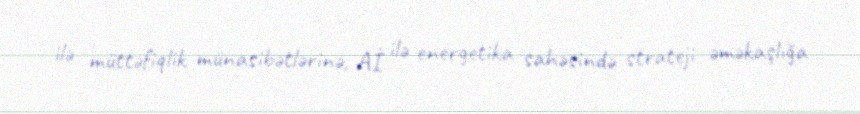
ilə müttəfiqlik münasibətlərinə, Aİ ilə energetika sahəsində strateji əməkaşlığa